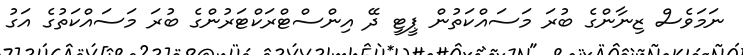
ނަމަވެސް ޒިނާންގެ ބުރަ މަސައްކަތުން ޕީޓީ ދޭ އިންސްޓްރަކްޓަރުންގެ ބުރަ މަސައްކަތުގެ އަގު